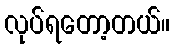
လုပ်ရတော့တယ်။